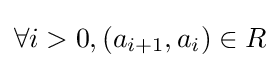
\forall i>0,(a_{i+1},a_{i})\in R